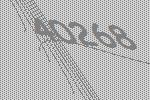
40268